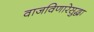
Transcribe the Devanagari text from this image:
वाजविणारेसुद्धा